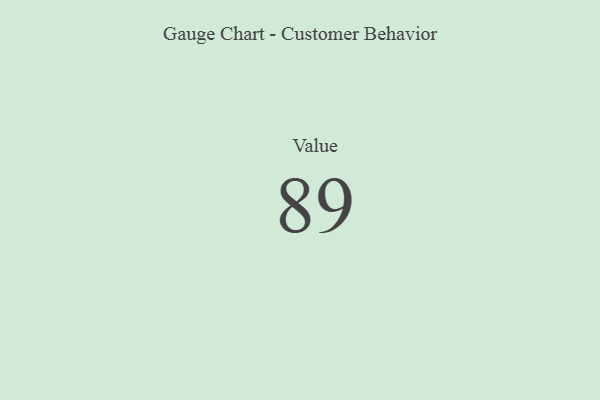
{"axis": {"x": "Metric", "y": "Value"}, "legend": [""], "data": [{"x": "Value", "y": 89, "type": ""}]}